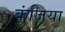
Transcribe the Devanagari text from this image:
कुंजिया